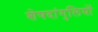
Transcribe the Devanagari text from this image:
शेषदांगुलियों